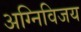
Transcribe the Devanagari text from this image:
अग्निविजय